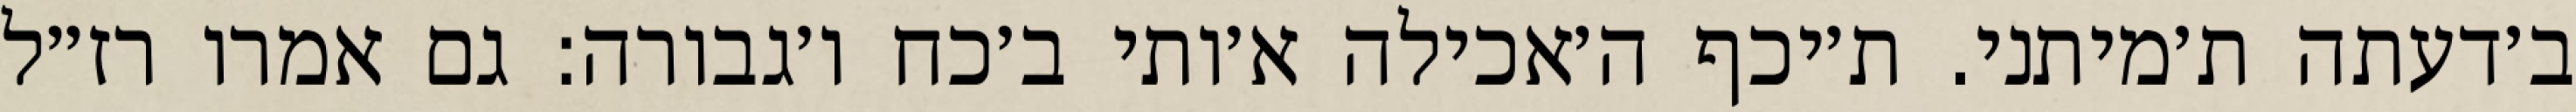
ב׳דעתה ת׳מיתני. ת׳יכף ה׳אכילה א׳ותי ב׳כח ו׳גבורה: גם אמרו רז״ל